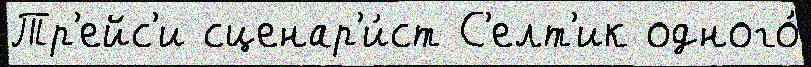
Тр'ейс'и сценар'и́ст С'елт'ик одного́